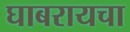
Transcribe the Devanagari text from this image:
घाबरायचा